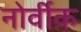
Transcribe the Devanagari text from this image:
नोर्वीक